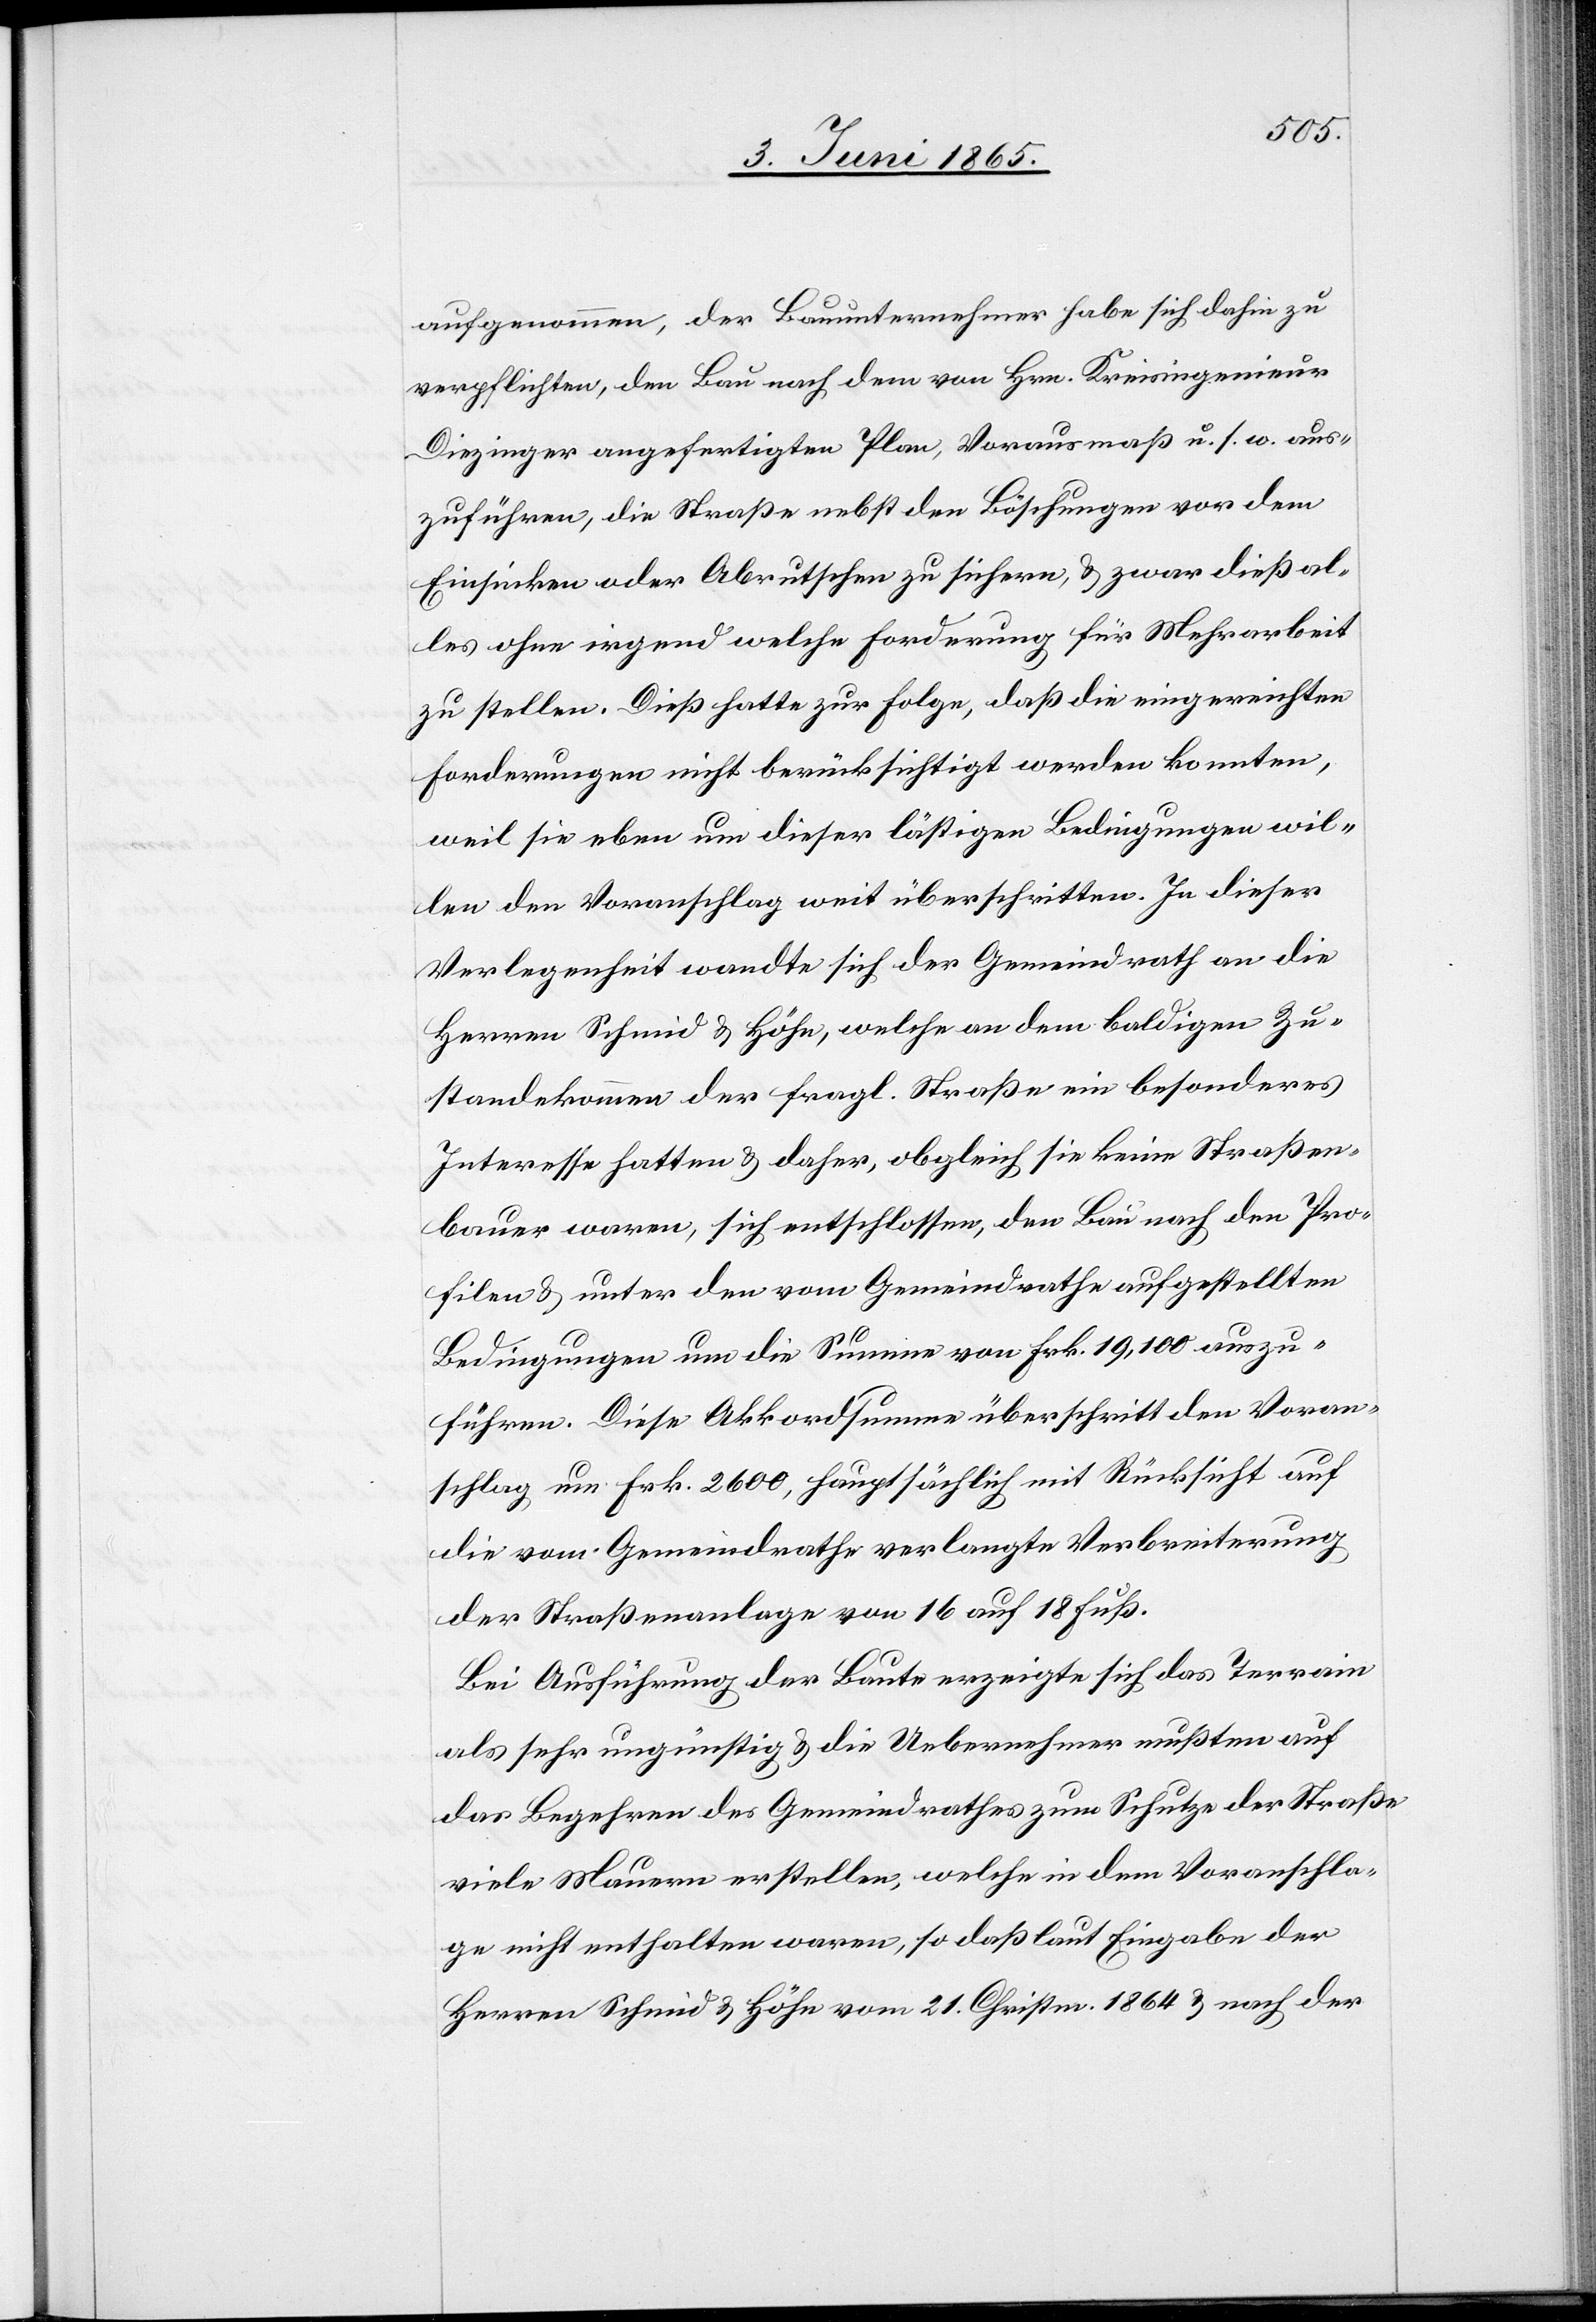
aufgenommen, der Bauunternehmer habe sich dahin zu
verpflichten, dem Bau nach dem von Hrn. Kreisingenieur
Diezinger angefertigten Plan, Vorausmaß u. s. w. aus¬
zuführen, die Straße nebst den Böschungen vor dem
Einsinken oder Abrutschen zu sichern, & zwar dieß al¬
les ohne irgend welche Forderung für Mehrarbeit
zu stellen. Dieß hatte zur Folge, daß die eingereichten
Forderungen nicht berücksichtigt werden konnten,
weil sie eben um dieser lästigen Bedingungen wil¬
len den Voranschlag weit überschritten. In dieser
Verlegenheit wandte sich der Gemeindrath an die
Herren Schmid & Höhn, welche an dem baldigen Zu¬
standekommen der fragl. Straße ein besonderes
Interesse hatten & daher, obgleich sie keine Straßen¬
bauer waren, sich entschlossen, den Bau nach den Pro¬
filen & unter den vom Gemeindrathe aufgestellten
Bedingungen um die Summe von Frk. 19,100 auszu¬
führen. Diese Akkordsumme überschritt den Voran¬
schlag um Frk. 2600, hauptsächlich mit Rücksicht auf
die vom Gemeindrathe erlangte Verbreiterung
der Straßenanlage von 16 auf 18 Fuß.
Bei Ausführung der Baute erzeigte sich das Terrain
als sehr ungünstig & die Uebernehmer mußten auf
das Begehren des Gemeindrathes zum Schutze der Straße
viele Mauern erstellen, welche in dem Voranschla¬
ge nicht enthalten waren, so daß laut Eingabe der
Herren Schmid & Höhn vom 21. Christm. 1864 & nach der